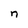
Character: n